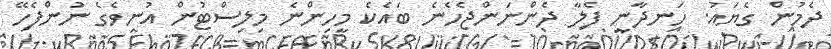
ދެމުން ގެޔައު. ހަނދާނީ ފެލާ ދެންނަންޖެހެނެ ބައެކެ މީހިންނެ މިލިސްޓުން އުނިވެގެ ނުންފެހޭ